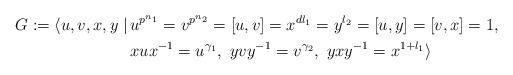
LaTeX: \begin{align*}G:=\langle u,v,x,y\mid\,& u^{p^{n_1}}=v^{p^{n_2}}=[u,v]=x^{dl_1}=y^{l_2}=[u,y]=[v,x]=1,\\&xux^{-1}=u^{\gamma_1},\ yvy^{-1}=v^{\gamma_2},\ yxy^{-1}=x^{1+l_1}\rangle\end{align*}